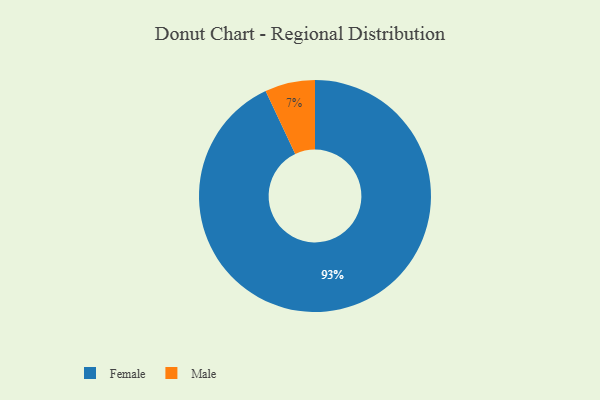
{"axis": {"x": "Category", "y": "Percentage"}, "legend": ["Female", "Male"], "data": [{"x": "Male", "y": 7, "type": "Male"}, {"x": "Female", "y": 93, "type": "Female"}]}